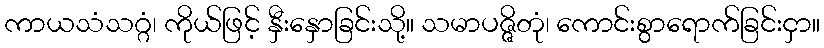
ကာယသံသဂ္ဂံ၊ ကိုယ်ဖြင့် နှီးနှောခြင်းသို့။ သမာပဇ္ဇိတုံ၊ ကောင်းစွာရောက်ခြင်းငှာ။